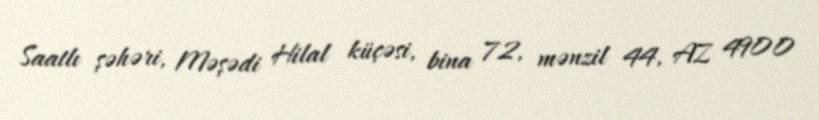
Saatlı şəhəri, Məşədi Hilal küçəsi, bina 72, mənzil 44, AZ 4900